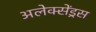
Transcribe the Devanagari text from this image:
अलेक्सेंड्रस